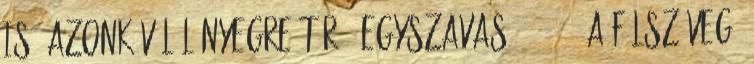
is. Azonkívül lényegre törő, egyszavas. 4 4 2. A fülszöveg.